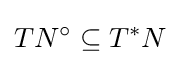
TN^{\circ }\subseteq T^{*}N